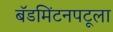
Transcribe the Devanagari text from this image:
बॅडमिंटनपटूला